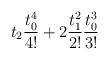
LaTeX: \begin{align*}t_2 \frac{t_0^4}{4!}+ 2 \frac{t_1^2}{2!} \frac{t_0^3}{3!}\end{align*}